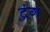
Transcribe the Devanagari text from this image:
द्रंग